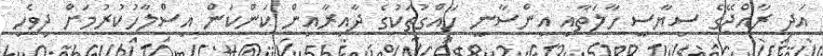
އަދި ރާއްޖޭގެ ސިޔާސީ ހާލަތާއި އިންސާނީ ހައްގުތަކުގެ ދާއިރާއިން ކަންކަން އިސްލާހުކުރުމަށް ދިވެހި